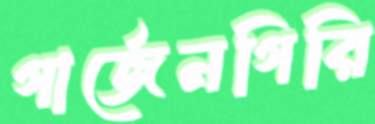
গার্জেনগিরি